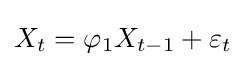
X_{t}=\varphi _{1}X_{t-1}+\varepsilon _{t}